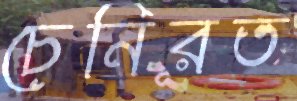
চেনিরত